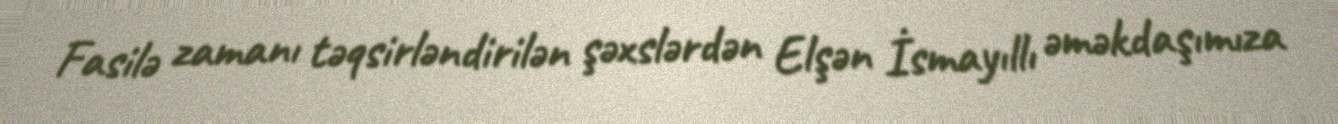
Fasilə zamanı təqsirləndirilən şəxslərdən Elşən İsmayıllı əməkdaşımıza